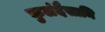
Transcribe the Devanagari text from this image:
कुलंदैसामि